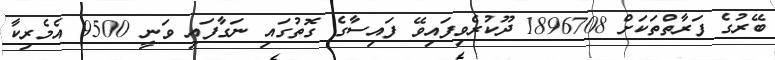
ބޭރުގެ ފަރާތްތަކަށް 1896708 ދޫކުރެވިފައިވޭ ފައިސާގެ ގޮތުގައި ނަގާފައި ވަނީ 9500 އެމެރިކާ